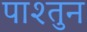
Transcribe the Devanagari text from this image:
पाश्तुन